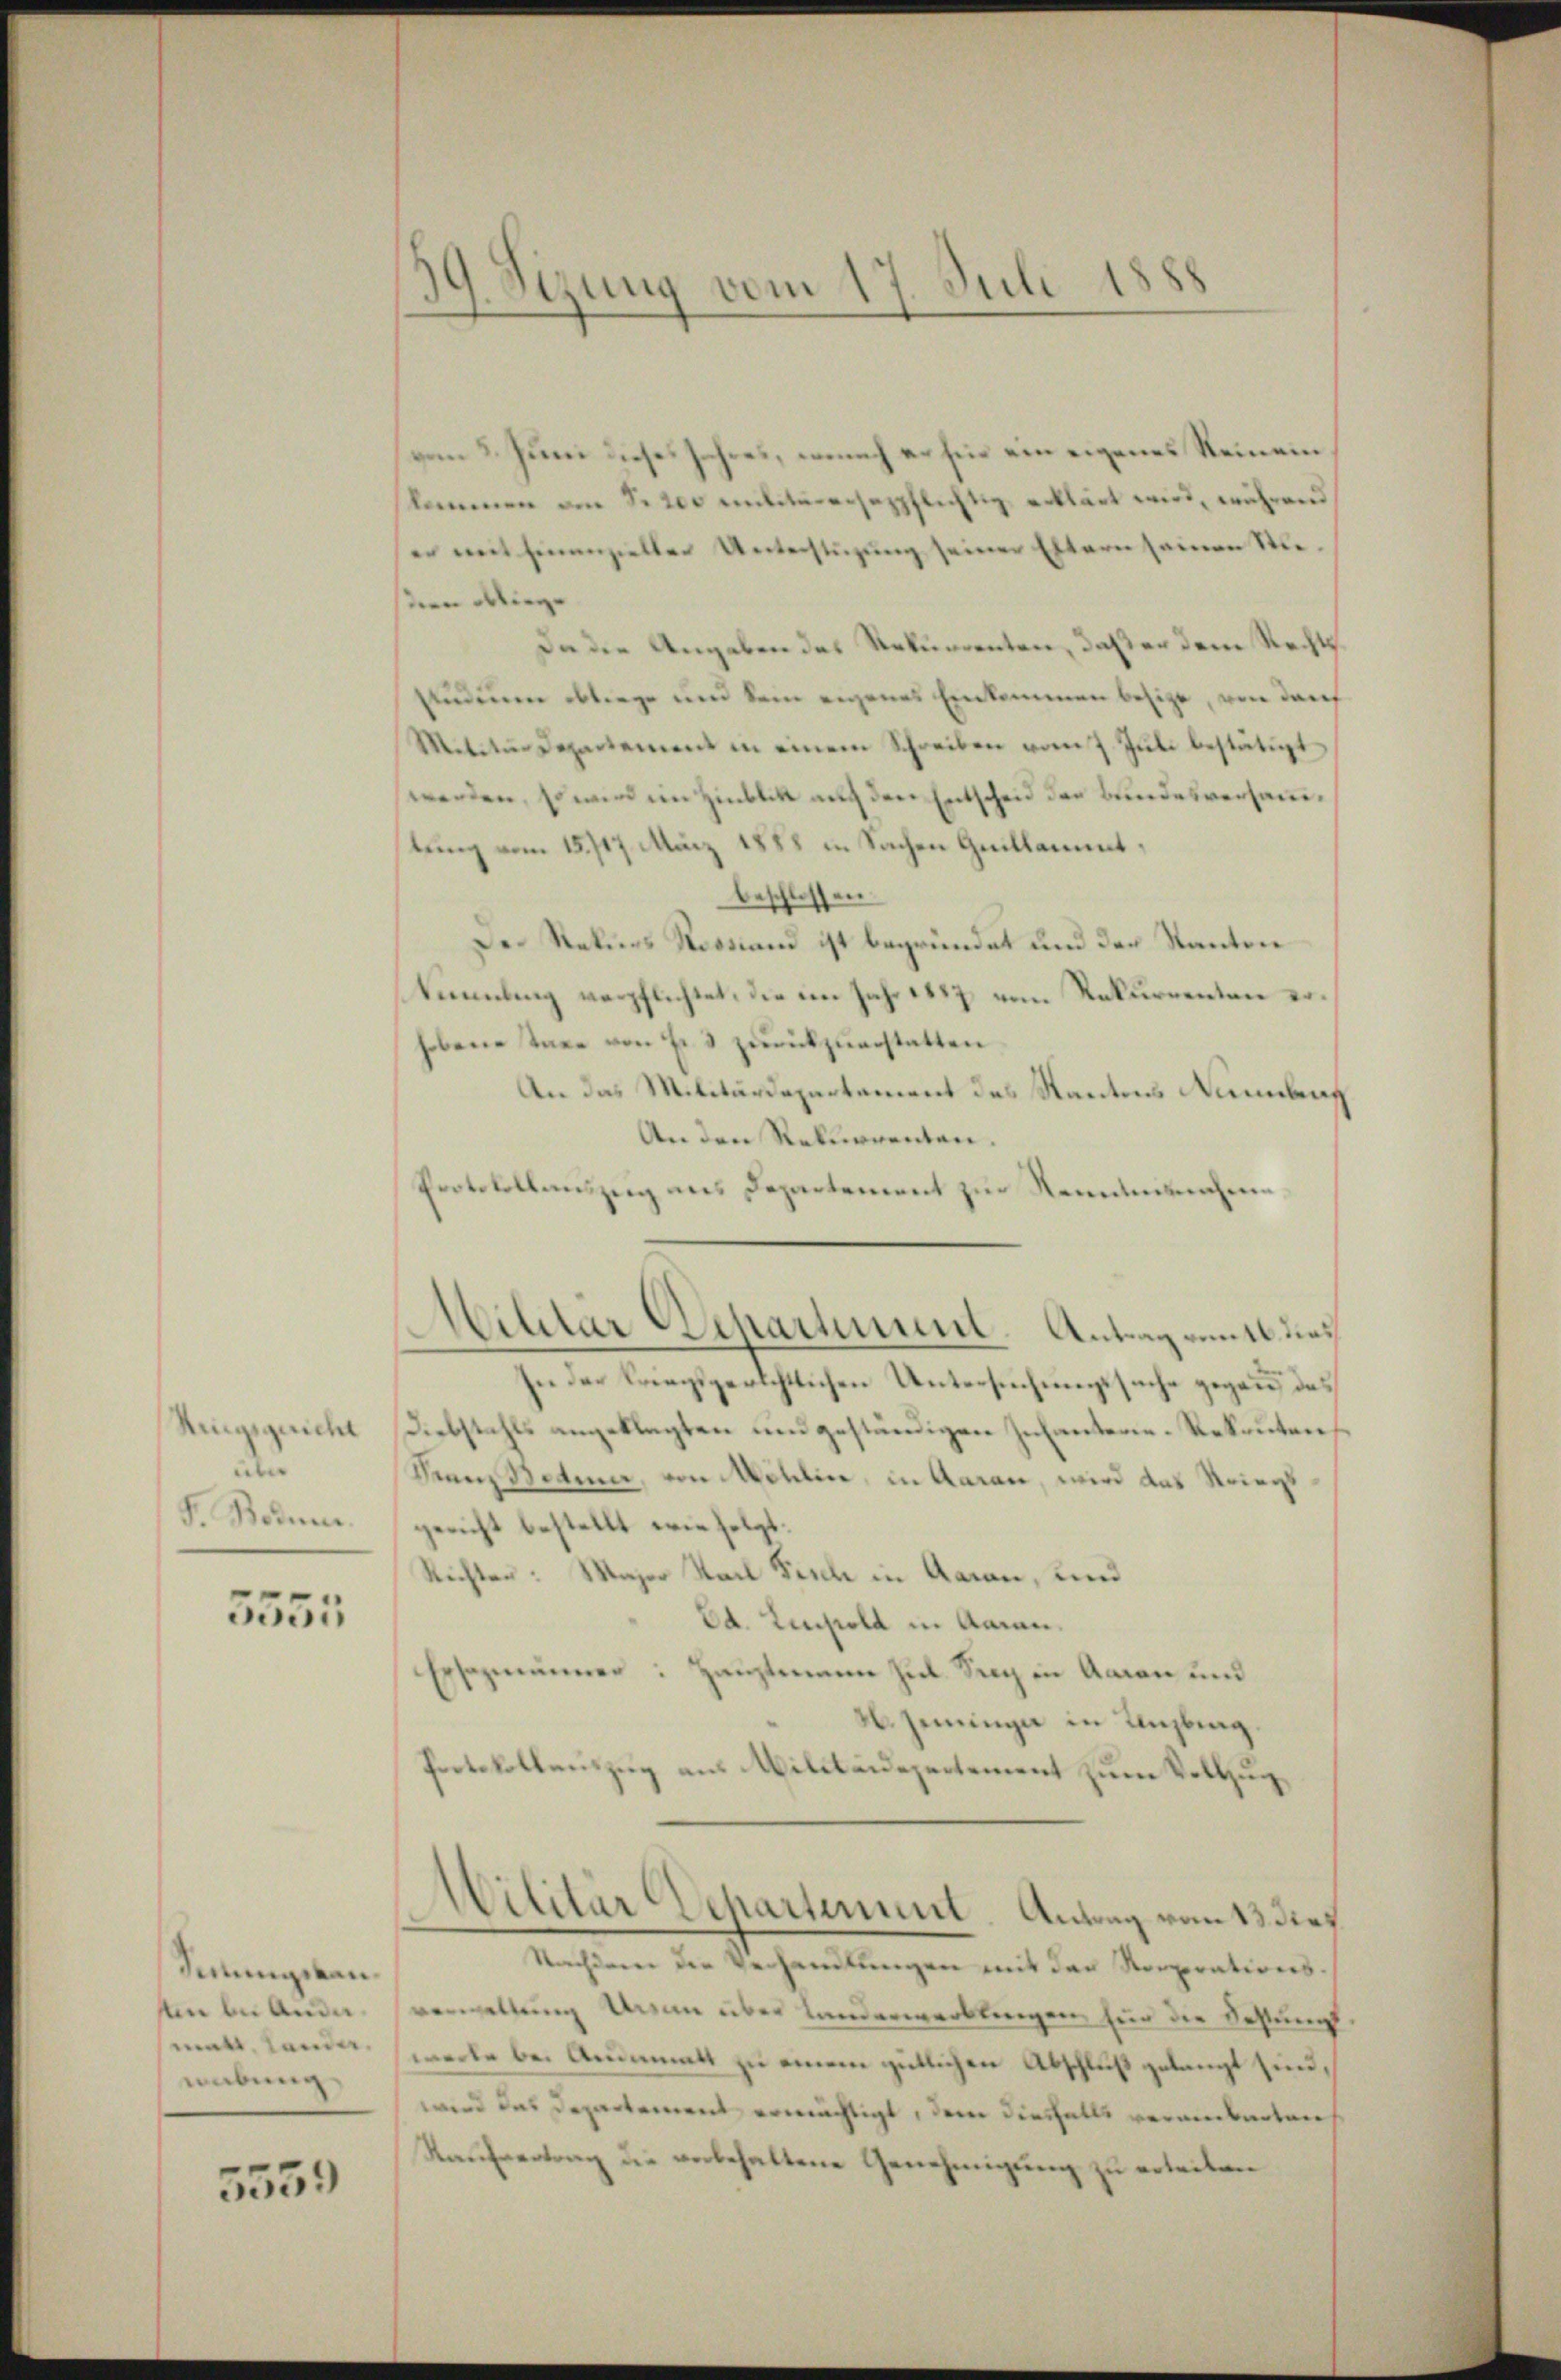
Ringsgericht
über
F. Bodnen.

5555

Sinungskan¬
Ain bei Andematt. Lander.
wübung

5559

39. Sizung vom 17. Juli 1888

vom 2. Juni dieses Jahres, wonach er sie ein eigenes Reinein
kommen an S. 200 Militärersezpflichtig, erklärt wird, während
er mit hinanzieller Unterstüzung seiner Eltern seinen Stiestern obliege
Da die Angeben des Rekurrenten, daß er dem Rechts
studium obliege und kein eigenes Einkommen besizt, von darf
Mitctŭr Departement in einem Schreiben vom 7. Jŭli bestätigt
werden, Es wird ein Hinblik auf den Entscheid der Bundesversammstung vom 15. 717. März 1888 in Sachen Quillament,
beschlossen
Der Rekurs Rossiand ist begründet und der Kanton
Sammlung verpflichtet, die im Jahr 1847 vom Rekurrenten er
hobene Taxe von Fr. 3 zurückzuerstatten.
An das Militärdepartament des Kantons Nennba
An den Rekurrenten.
Protokollauszug aus Departement zur Renntnisnahme
In der Kriegsgerichtlichen Untersuchungssache gegann, das
Diebstahls angeklagten und geständigen Infanterie-Rekruten
ven Betrier, von Millier, in Aarau, wird das Kriegsgericht bestellt wie folgt.
Richten: Waser Stadl Fisch in Aaran, und
Ed. Listold in Aaran.
Ersezmänner: Hauptmann Jul. Sag in Aarau und
26. Jeninge in Unzling.
Protokollauszug aus Militärdepertement zum Vollzug¬
Militär Dchartement. Antrag vom 13. dies
Nachderer der Verhandlungen mit den Rorporations-
verwaltung Ursam über Landerwerblingen, für die Bestampfwerke bei Anmatt zu einem gütlichen Abschluß gelangt sind,
wird das Departement ermächtigt, dem diesfalls veranterten
Kaufvertrag die verbehaltene Genehmigung zu erleiten

Militär Departement. Antrag vom 16. Nac